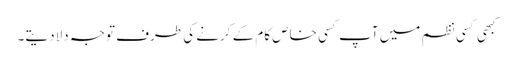
کبھی کسی نظم میں آپ کسی خاص کام کے کرنے کی طرف توجہ دلادیتے۔